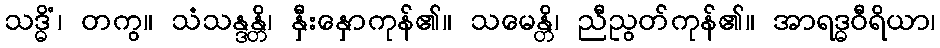
သဒ္ဓိံ၊ တကွ။ သံသန္ဒန္တိ၊ နှီးနှောကုန်၏။ သမေန္တိ၊ ညီညွတ်ကုန်၏။ အာရဒ္ဓဝီရိယာ၊